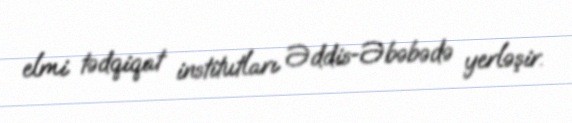
elmi tədqiqat institutları Əddis-Əbəbədə yerləşir.